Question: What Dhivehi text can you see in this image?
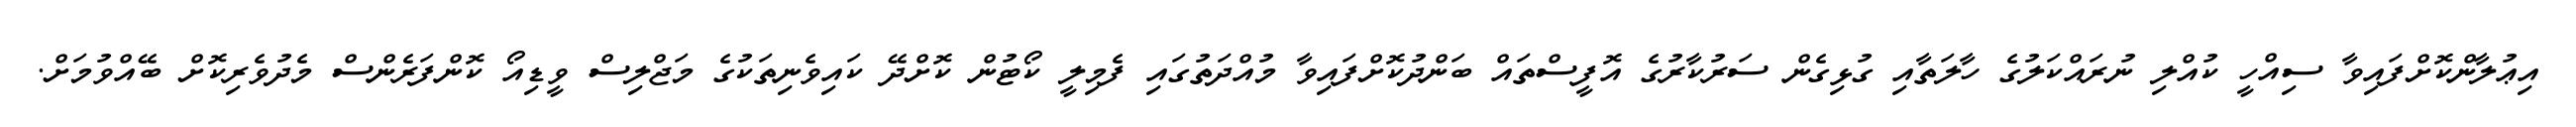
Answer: އިޢުލާންކޮށްފައިވާ ސިއްހީ ކުއްލި ނުރައްކަލުގެ ހާލަތާއި ގުޅިގެން ސަރުކާރުގެ އޮފީސްތައް ބަންދުކޮށްފައިވާ މުއްދަތުގައި ފެމިލީ ކޯޓުން ކޮށްދޭ ކައިވެނިތަކުގެ މަޖްލިސް ވީޑިއޯ ކޮންފަރެންސް މެދުވެރިކޮށް ބޭއްވުމަށް.